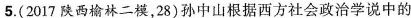
5.(2017陕西榆林二模，28)孙中山根据西方社会政治学说中的